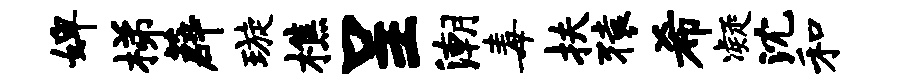
婢梯薜璇樵呈潮毒扶猿希凝沈和